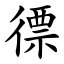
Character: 徱